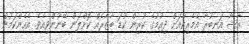
އާޝާ އަނބުރާ އެމެރިކާއަށް ދިއުމުގެ ކުރިން ކުޑަ ބާޒާރެއް ކޮށްލަން ބޭނުންވިއެވެ. އެހެންކަމުން